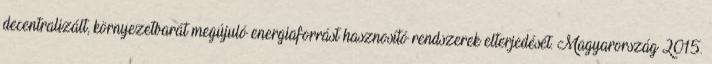
decentralizált, környezetbarát megújuló energiaforrást hasznosító rendszerek elterjedését. Magyarország 2015.